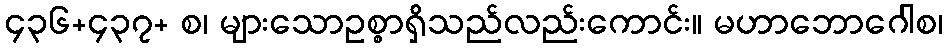
၄၃၆+၄၃၇+ စ၊ များသောဥစ္စာရှိသည်လည်းကောင်း။ မဟာဘောဂေါစ၊